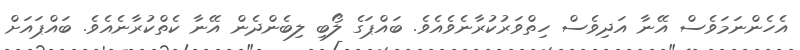
އެހެންނަމަވެސް އޭނާ އަދިވެސް ހިތްވަރުކުރާނެވެއެވެ. ބައްޕަގެ ލޯބި ލިބެންދެން އޭނާ ކެތްކުރާނެއެވެ. ބައްޕައަށް